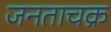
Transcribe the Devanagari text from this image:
जनताचक्र